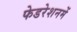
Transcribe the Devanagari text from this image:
फेडरेशनमें